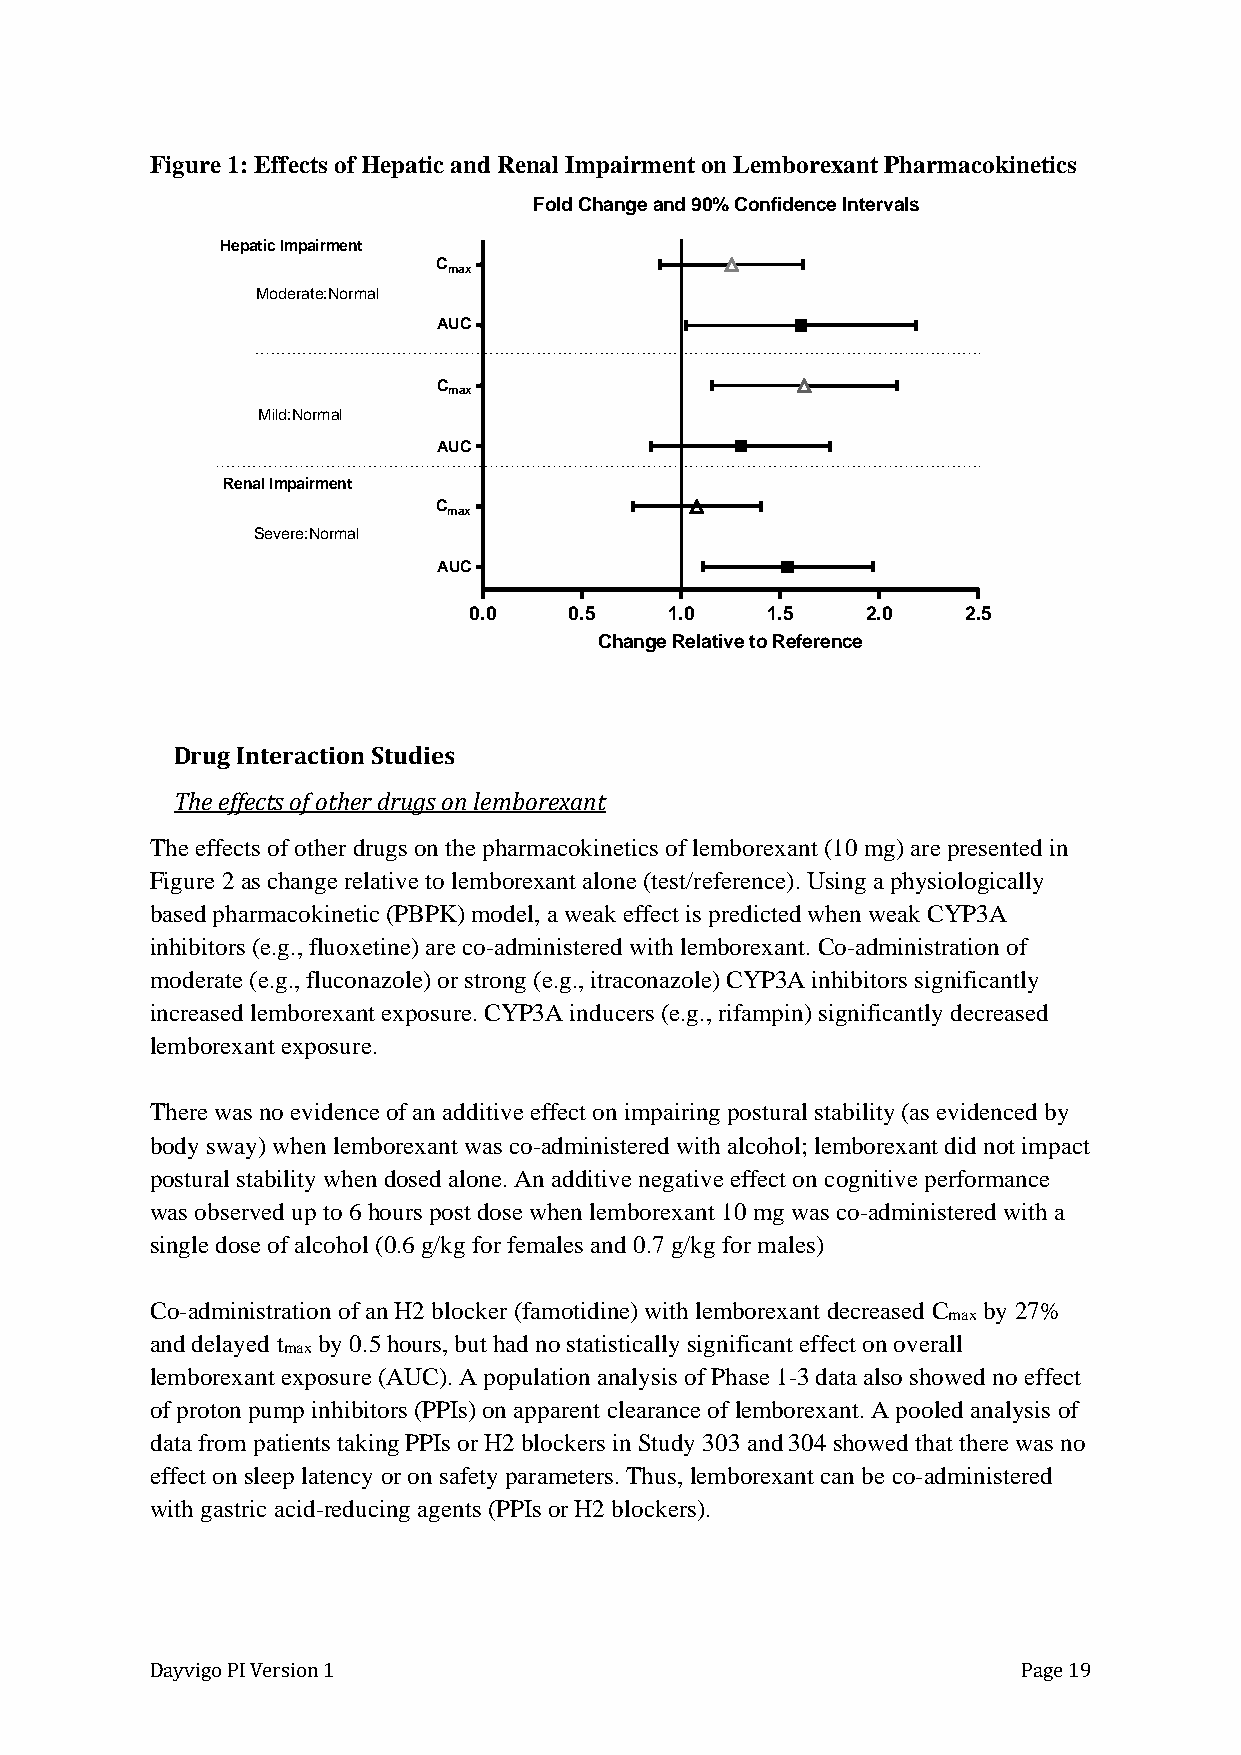
Figure 1: Effects of Hepatic and Renal Impairment on Lemborexant Pharmacokinetics
 Drug Interaction Studies
 The effects of other drugs on lemborexant
 The effects of other drugs on the pharmacokinetics of lemborexant (10 mg) are presented in
 Figure 2 as change relative to lemborexant alone (test/reference). Using a physiologically
 based pharmacokinetic (PBPK) model, a weak effect is predicted when weak CYP3A
 inhibitors (e.g., fluoxetine) are co-administered with lemborexant. Co-administration of
 moderate (e.g., fluconazole) or strong (e.g., itraconazole) CYP3A inhibitors significantly
 increased lemborexant exposure. CYP3A inducers (e.g., rifampin) significantly decreased
 lemborexant exposure.
 There was no evidence of an additive effect on impairing postural stability (as evidenced by
 body sway) when lemborexant was co-administered with alcohol; lemborexant did not impact
 postural stability when dosed alone. An additive negative effect on cognitive performance
 was observed up to 6 hours post dose when lemborexant 10 mg was co-administered with a
 single dose of alcohol (0.6 g/kg for females and 0.7 g/kg for males)
 Co-administration of an H2 blocker (famotidine) with lemborexant decreased C by 27%
 max
 and delayed t by 0.5 hours, but had no statistically significant effect on overall
 max
 lemborexant exposure (AUC). A population analysis of Phase 1-3 data also showed no effect
 of proton pump inhibitors (PPIs) on apparent clearance of lemborexant. A pooled analysis of
 data from patients taking PPIs or H2 blockers in Study 303 and 304 showed that there was no
 effect on sleep latency or on safety parameters. Thus, lemborexant can be co-administered
 with gastric acid-reducing agents (PPIs or H2 blockers).
 Dayvigo PI Version 1                                      Page 19
 H
 R
 e p a tic Im p a irm e
 M o d e ra te :N o
 M ild :N o rm a l
 e n a l Im p a irm e n
 S e v e re :N o rm
 n t
 rm
 t
 a l
 a l
 C
 A
 C
 A
 C
 A
 m
 U
 m
 U
 m
 U
 a x
 C
 a x
 C
 a x
 C
 0 .0
 F o ld C
 0 .5
 h a
 C
 n
 h
 g
 a
 e
 n
 a
 g e
 n d 9 0
 1 .0
 R e la
 % C
 t iv e
 o
 t
 n
 o
 f id
 1 .5
 R e
 e
 f
 n
 e
 c
 r e
 e In
 n c e
 t e
 2
 r v
 .0
 a ls
 2 .5